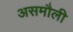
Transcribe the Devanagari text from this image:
असमौली